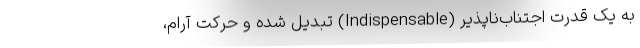
به یک قدرتِ اجتناب‌ناپذیر (Indispensable) تبدیل شده و حرکتِ آرام،